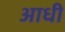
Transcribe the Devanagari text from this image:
अाधी